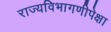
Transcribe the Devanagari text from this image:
राज्यविभागणीपेक्षा